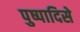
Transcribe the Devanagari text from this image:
पुष्पादिसे